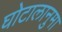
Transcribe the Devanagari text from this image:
घोटालानुमा